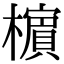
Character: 㯽